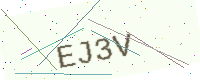
Text: EJ3V